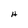
Character: H